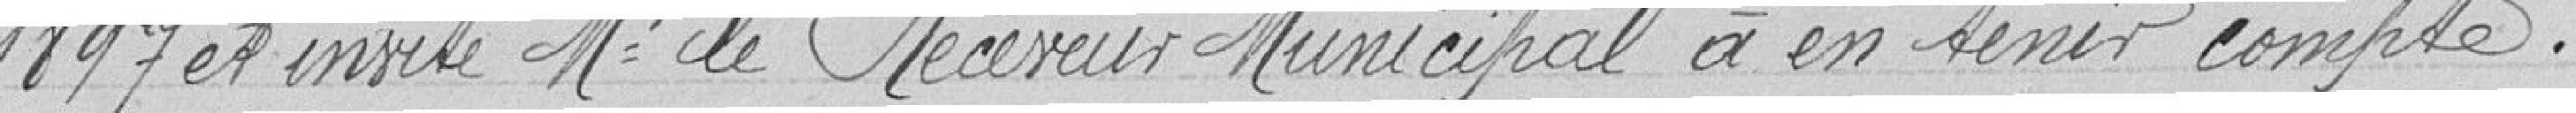
1897 et invite Mr le Recveur Municipal à en tenir compte.